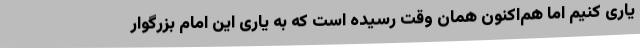
یاری کنیم اما هم‌اکنون همان وقت رسیده است که به یاری این امام بزرگوار